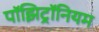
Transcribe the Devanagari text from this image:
पॉझिट्रॉनियम